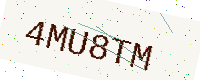
Text: 4MU8TM